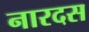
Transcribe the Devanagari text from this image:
नारदस